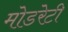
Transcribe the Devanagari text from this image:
मोडरेटी